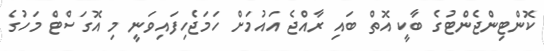
ކޮންޓިންޖެންޓުގެ ބާކީ އޮތް ބައި ރާއްޖެ އައުމަށް ހަމަޖެހިފައިވަނީ މި އޮގަސްޓް މަހުގެ